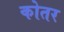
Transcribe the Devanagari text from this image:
कोतर